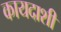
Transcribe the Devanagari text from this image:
कायदाशी